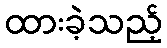
ထားခဲ့သည့်